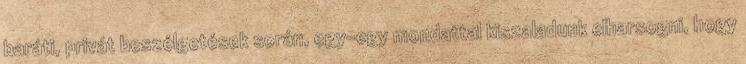
baráti, privát beszélgetések során, egy-egy mondattal kiszaladunk elharsogni, hogy